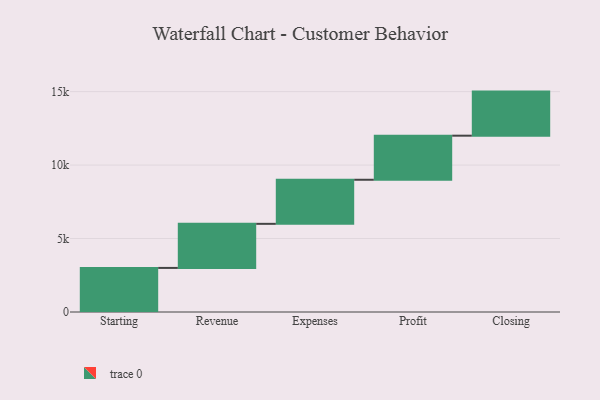
{"axis": {"x": "Step", "y": "Value"}, "legend": [""], "data": [{"x": "Starting", "y": 3000, "type": ""}, {"x": "Revenue", "y": 3000, "type": ""}, {"x": "Expenses", "y": 3000, "type": ""}, {"x": "Profit", "y": 3000, "type": ""}, {"x": "Closing", "y": 3000, "type": ""}]}